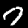
Digit: 7